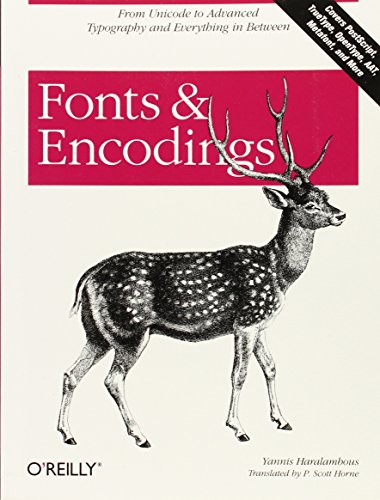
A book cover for Fonts & Encodings; Yannis Haralambous; Computers & Technology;